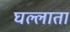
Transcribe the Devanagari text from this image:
घल्लाता